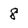
Character: 8